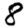
Digit: 8